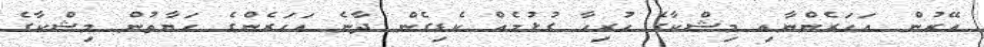
އޭރުން އަހަރެންނާއި މިޝްކާގެ ހުރިހާ ގުޅުމެއް ކެޑިގެން ދާނެ އަހަރެންގެ ހަޔާތުން މިޝްކާގެ